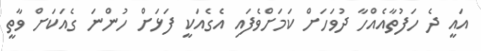
އައީ ދެ ހަފުތާއެއްހާ ދުވަހަށް ކަމަށްވެފައި އެގެއަކީ ފަޅަށް ހުންނަ ގެއަކަށް ވާތީ